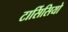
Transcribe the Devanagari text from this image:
टार्सिसियो